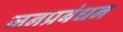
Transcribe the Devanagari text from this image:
जनप्रबंधन